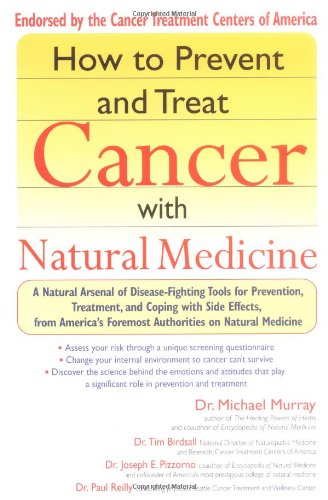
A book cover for How to Prevent and Treat Cancer with Natural Medicine; Michael Murray; Health, Fitness & Dieting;